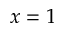
x = 1